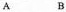
A B